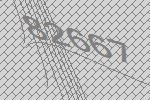
82667